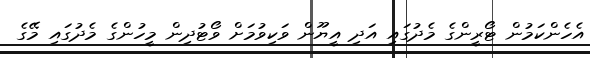
އެހެންކަމުން ޓޯރީންގެ މެދުގައި އަދި އީޔޫން ވަކިވުމަށް ވޯޓުދިން މީހުންގެ މެދުގައި މޭގެ